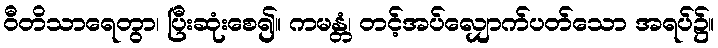
ဝီတိသာရေတွာ၊ ပြီးဆုံးစေ၍။ ကမန္တံ၊ တင့်အပ်လျှောက်ပတ်သော အရပ်၌။